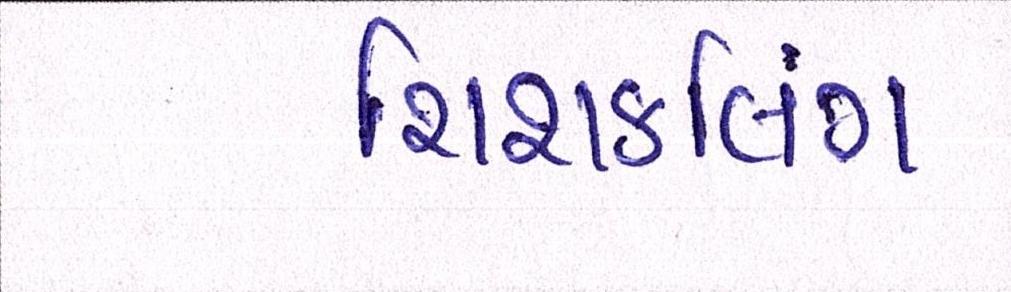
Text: રિશફલિંગ